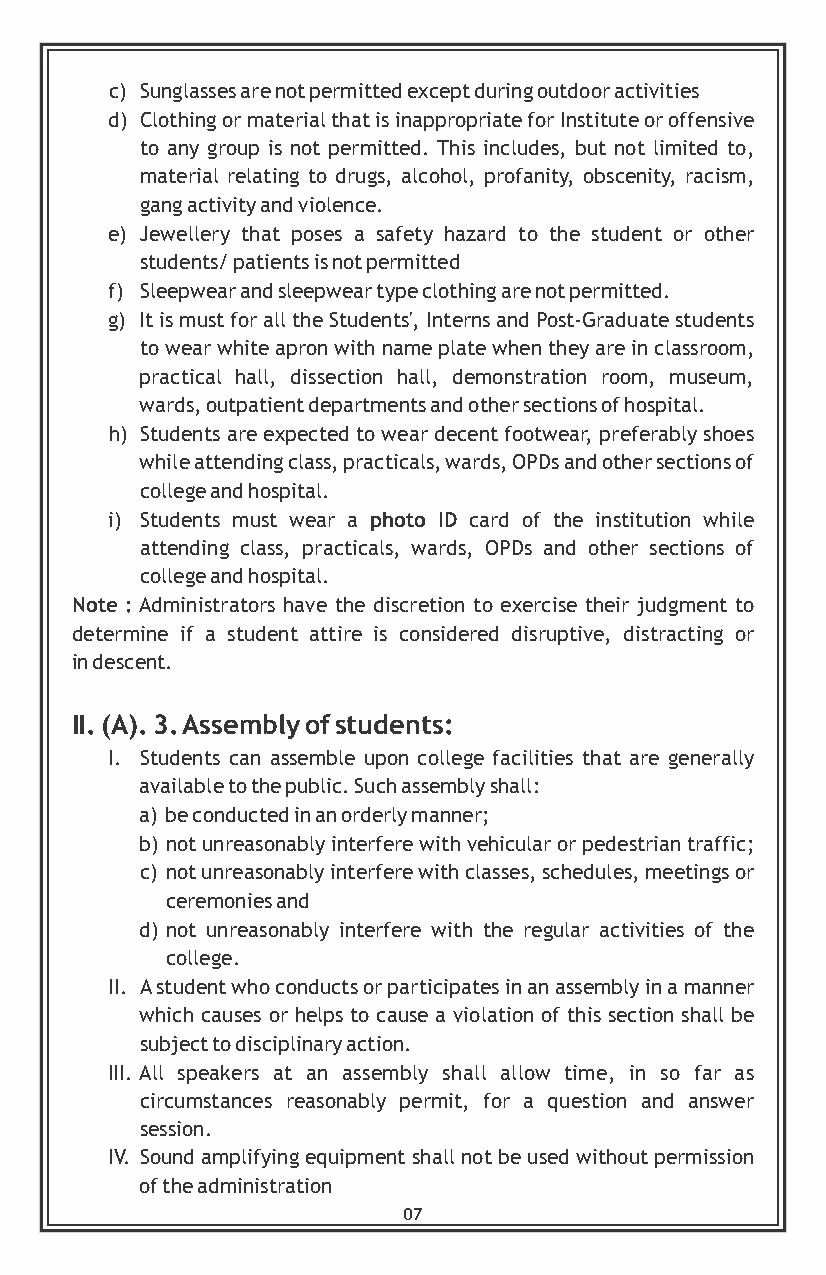
c) Sunglasses are not permitted except during outdoor activities
 d) Clothing or material that is inappropriate for Institute or offensive
 to any group is not permitted. This includes, but not limited to,
 material relating to drugs, alcohol, profanity, obscenity, racism,
 gang activity and violence.
 e) Jewellery that poses a safety hazard to the student or other
 students/ patients is not permitted
 f) Sleepwear and sleepwear type clothing are not permitted.
 g) It is must for all the Students', Interns and Post-Graduate students
 to wear white apron with name plate when they are in classroom,
 practical hall, dissection hall, demonstration room, museum,
 wards, outpatient departments and other sections of hospital.
 h) Students are expected to wear decent footwear, preferably shoes
 while attending class, practicals, wards, OPDs and other sections of
 college and hospital.
 i) Students must wear a photo ID card of the institution while
 attending class, practicals, wards, OPDs and other sections of
 college and hospital.
 Note : Administrators have the discretion to exercise their judgment to
 determine if a student attire is considered disruptive, distracting or
 in descent.
 II. (A). 3. Assembly of students:
 I. Students can assemble upon college facilities that are generally
 available to the public. Such assembly shall:
 a) be conducted in an orderly manner;
 b) not unreasonably interfere with vehicular or pedestrian traffic;
 c) not unreasonably interfere with classes, schedules, meetings or
 ceremonies and
 d) not unreasonably interfere with the regular activities of the
 college.
 II. A student who conducts or participates in an assembly in a manner
 which causes or helps to cause a violation of this section shall be
 subject to disciplinary action.
 III. All speakers at an assembly shall allow time, in so far as
 circumstances reasonably permit, for a question and answer
 session.
 IV. Sound amplifying equipment shall not be used without permission
 of the administration
 07